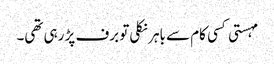
مہستی کسی کام سے باہر نکلی تو برف پڑ رہی تھی۔